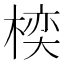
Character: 𪲱